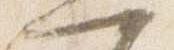
一